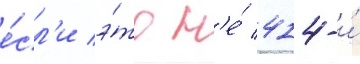
е́сл'и э́то н'е́ 414-и́